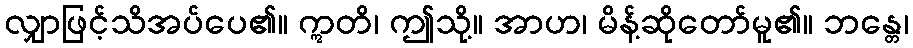
လျှာဖြင့်သိအပ်ပေ၏။ ဣတိ၊ ဤသို့။ အာဟ၊ မိန့်ဆိုတော်မူ၏။ ဘန္တေ၊